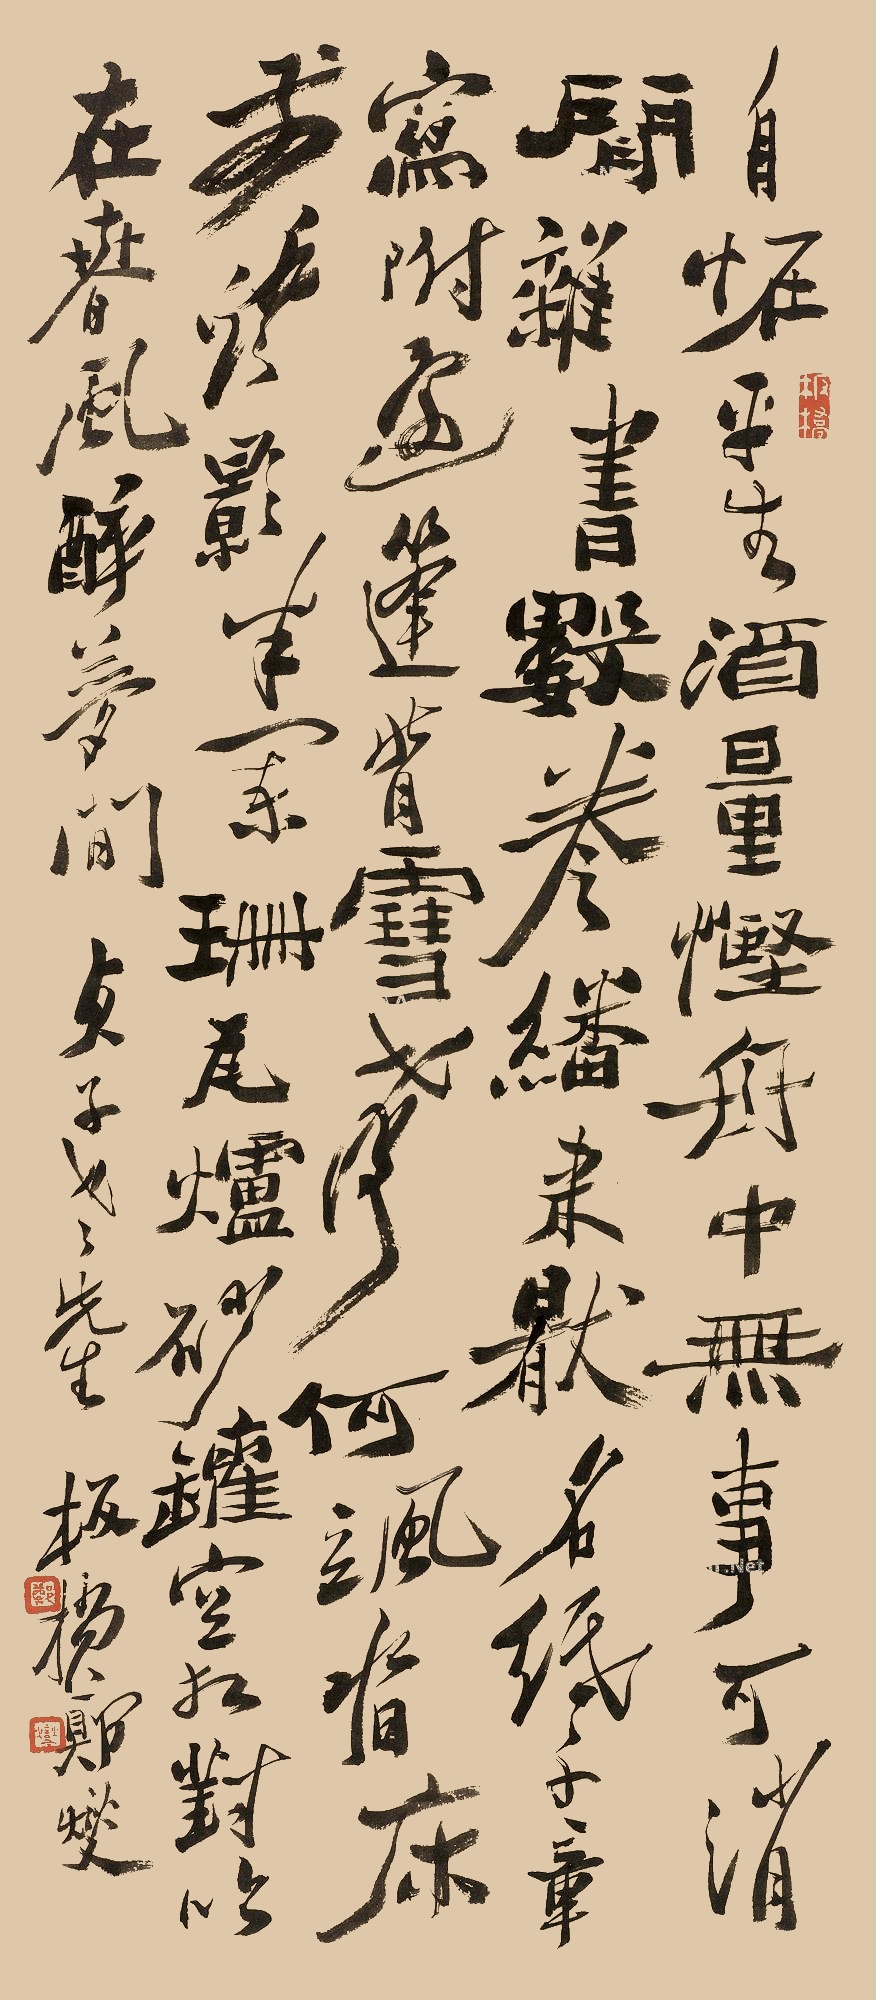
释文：自怪平生酒量悭，舟中无事可消闲，杂书数卷翻来厌，名纸千张写附还，蓬背雪声何飒沓，床前灯影半阑珊，瓦炉砂罐空相对，吟在春风醉梦间。贞子老先生，板桥郑燮。